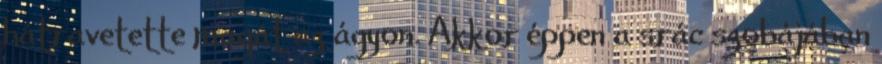
hátravetette magát az ágyon. Akkor éppen a srác szobájában